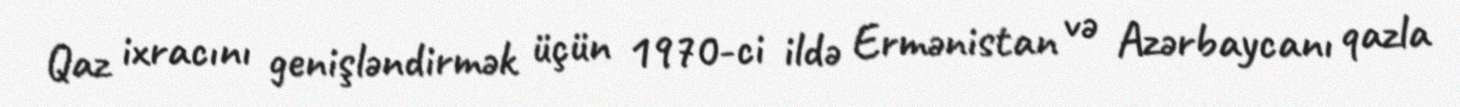
Qaz ixracını genişləndirmək üçün 1970-ci ildə Ermənistan və Azərbaycanı qazla